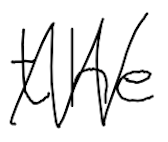
Text: the
Cross-out: zig-zag
Writing tool: digital_black